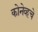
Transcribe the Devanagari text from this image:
कोनेव्हचे